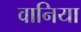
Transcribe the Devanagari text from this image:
वानिया